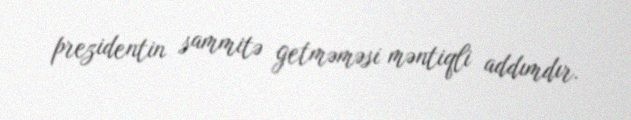
prezidentin sammitə getməməsi məntiqli addımdır.